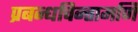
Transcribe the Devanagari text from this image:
प्रबन्धचिन्तामणि